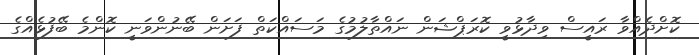
ކޮށްދެއްވާ ރައީސް ވިދާޅުވީ ކޮރަޕްޝަން ނައްތާލުމުގެ މަސައްކަތް ފަށަން ބޭނުންވަނީ ކޮންމެ ބޭފުޅެއްގެ